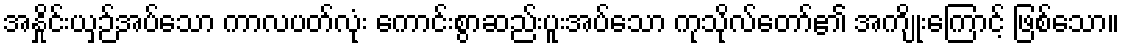
အနှိုင်းယှဉ်အပ်သော ကာလပတ်လုံး ကောင်းစွာဆည်းပူးအပ်သော ကုသိုလ်တော်၏ အကျိုးကြောင့် ဖြစ်သော။